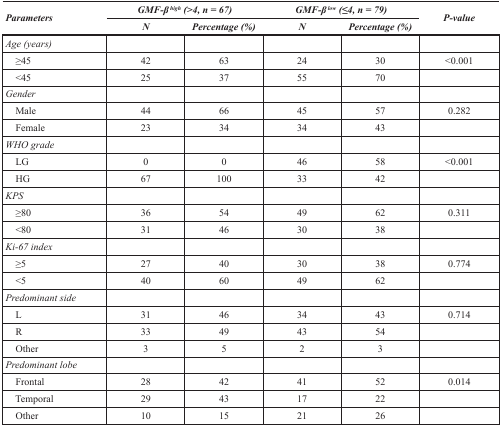
<table><thead><tr><td rowspan="2"><b><i>Parameters</i></b></td><td colspan="2"><b><i>GMF-β <sup>high</sup> (&gt;4, n = 67)</i></b></td><td colspan="2"><b><i>GMF-β <sup>low</sup> (≤4, n = 79)</i></b></td><td rowspan="2"><b><i>P-value</i></b></td></tr><tr><td><b><i>N</i></b></td><td><b><i>Percentage (%)</i></b></td><td><b><i>N</i></b></td><td><b><i>Percentage (%)</i></b></td></tr></thead><tbody><tr><td><i>Age (years)</i></td><td></td><td></td><td></td><td></td><td></td></tr><tr><td> ≥45</td><td>42</td><td>63</td><td>24</td><td>30</td><td>&lt;0.001</td></tr><tr><td> &lt;45</td><td>25</td><td>37</td><td>55</td><td>70</td><td></td></tr><tr><td><i>Gender</i></td><td></td><td></td><td></td><td></td><td></td></tr><tr><td> Male</td><td>44</td><td>66</td><td>45</td><td>57</td><td>0.282</td></tr><tr><td> Female</td><td>23</td><td>34</td><td>34</td><td>43</td><td></td></tr><tr><td><i>WHO grade</i></td><td></td><td></td><td></td><td></td><td></td></tr><tr><td> LG</td><td>0</td><td>0</td><td>46</td><td>58</td><td>&lt;0.001</td></tr><tr><td> HG</td><td>67</td><td>100</td><td>33</td><td>42</td><td></td></tr><tr><td><i>KPS</i></td><td></td><td></td><td></td><td></td><td></td></tr><tr><td> ≥80</td><td>36</td><td>54</td><td>49</td><td>62</td><td>0.311</td></tr><tr><td> &lt;80</td><td>31</td><td>46</td><td>30</td><td>38</td><td></td></tr><tr><td><i>Ki-67 index</i></td><td></td><td></td><td></td><td></td><td></td></tr><tr><td> ≥5</td><td>27</td><td>40</td><td>30</td><td>38</td><td>0.774</td></tr><tr><td> &lt;5</td><td>40</td><td>60</td><td>49</td><td>62</td><td></td></tr><tr><td><i>Predominant side</i></td><td></td><td></td><td></td><td></td><td></td></tr><tr><td> L</td><td>31</td><td>46</td><td>34</td><td>43</td><td>0.714</td></tr><tr><td> R</td><td>33</td><td>49</td><td>43</td><td>54</td><td></td></tr><tr><td> Other</td><td>3</td><td>5</td><td>2</td><td>3</td><td></td></tr><tr><td><i>Predominant lobe</i></td><td></td><td></td><td></td><td></td><td></td></tr><tr><td> Frontal</td><td>28</td><td>42</td><td>41</td><td>52</td><td>0.014</td></tr><tr><td> Temporal</td><td>29</td><td>43</td><td>17</td><td>22</td><td></td></tr><tr><td> Other</td><td>10</td><td>15</td><td>21</td><td>26</td><td></td></tr></tbody></table>